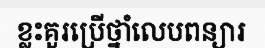
ខ្លះគួរប្រើថ្នាំលេបពន្យារ